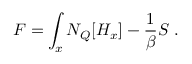
F = \int _ { x } { \cal N } _ { Q } [ { \cal H } _ { x } ] - { \frac { 1 } { \beta } } S \; .